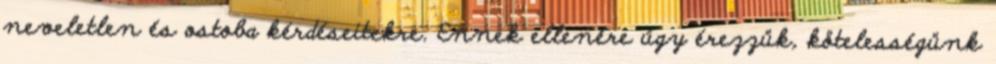
neveletlen és ostoba kérdéseitekre. Ennek ellenére úgy érezzük, kötelességünk